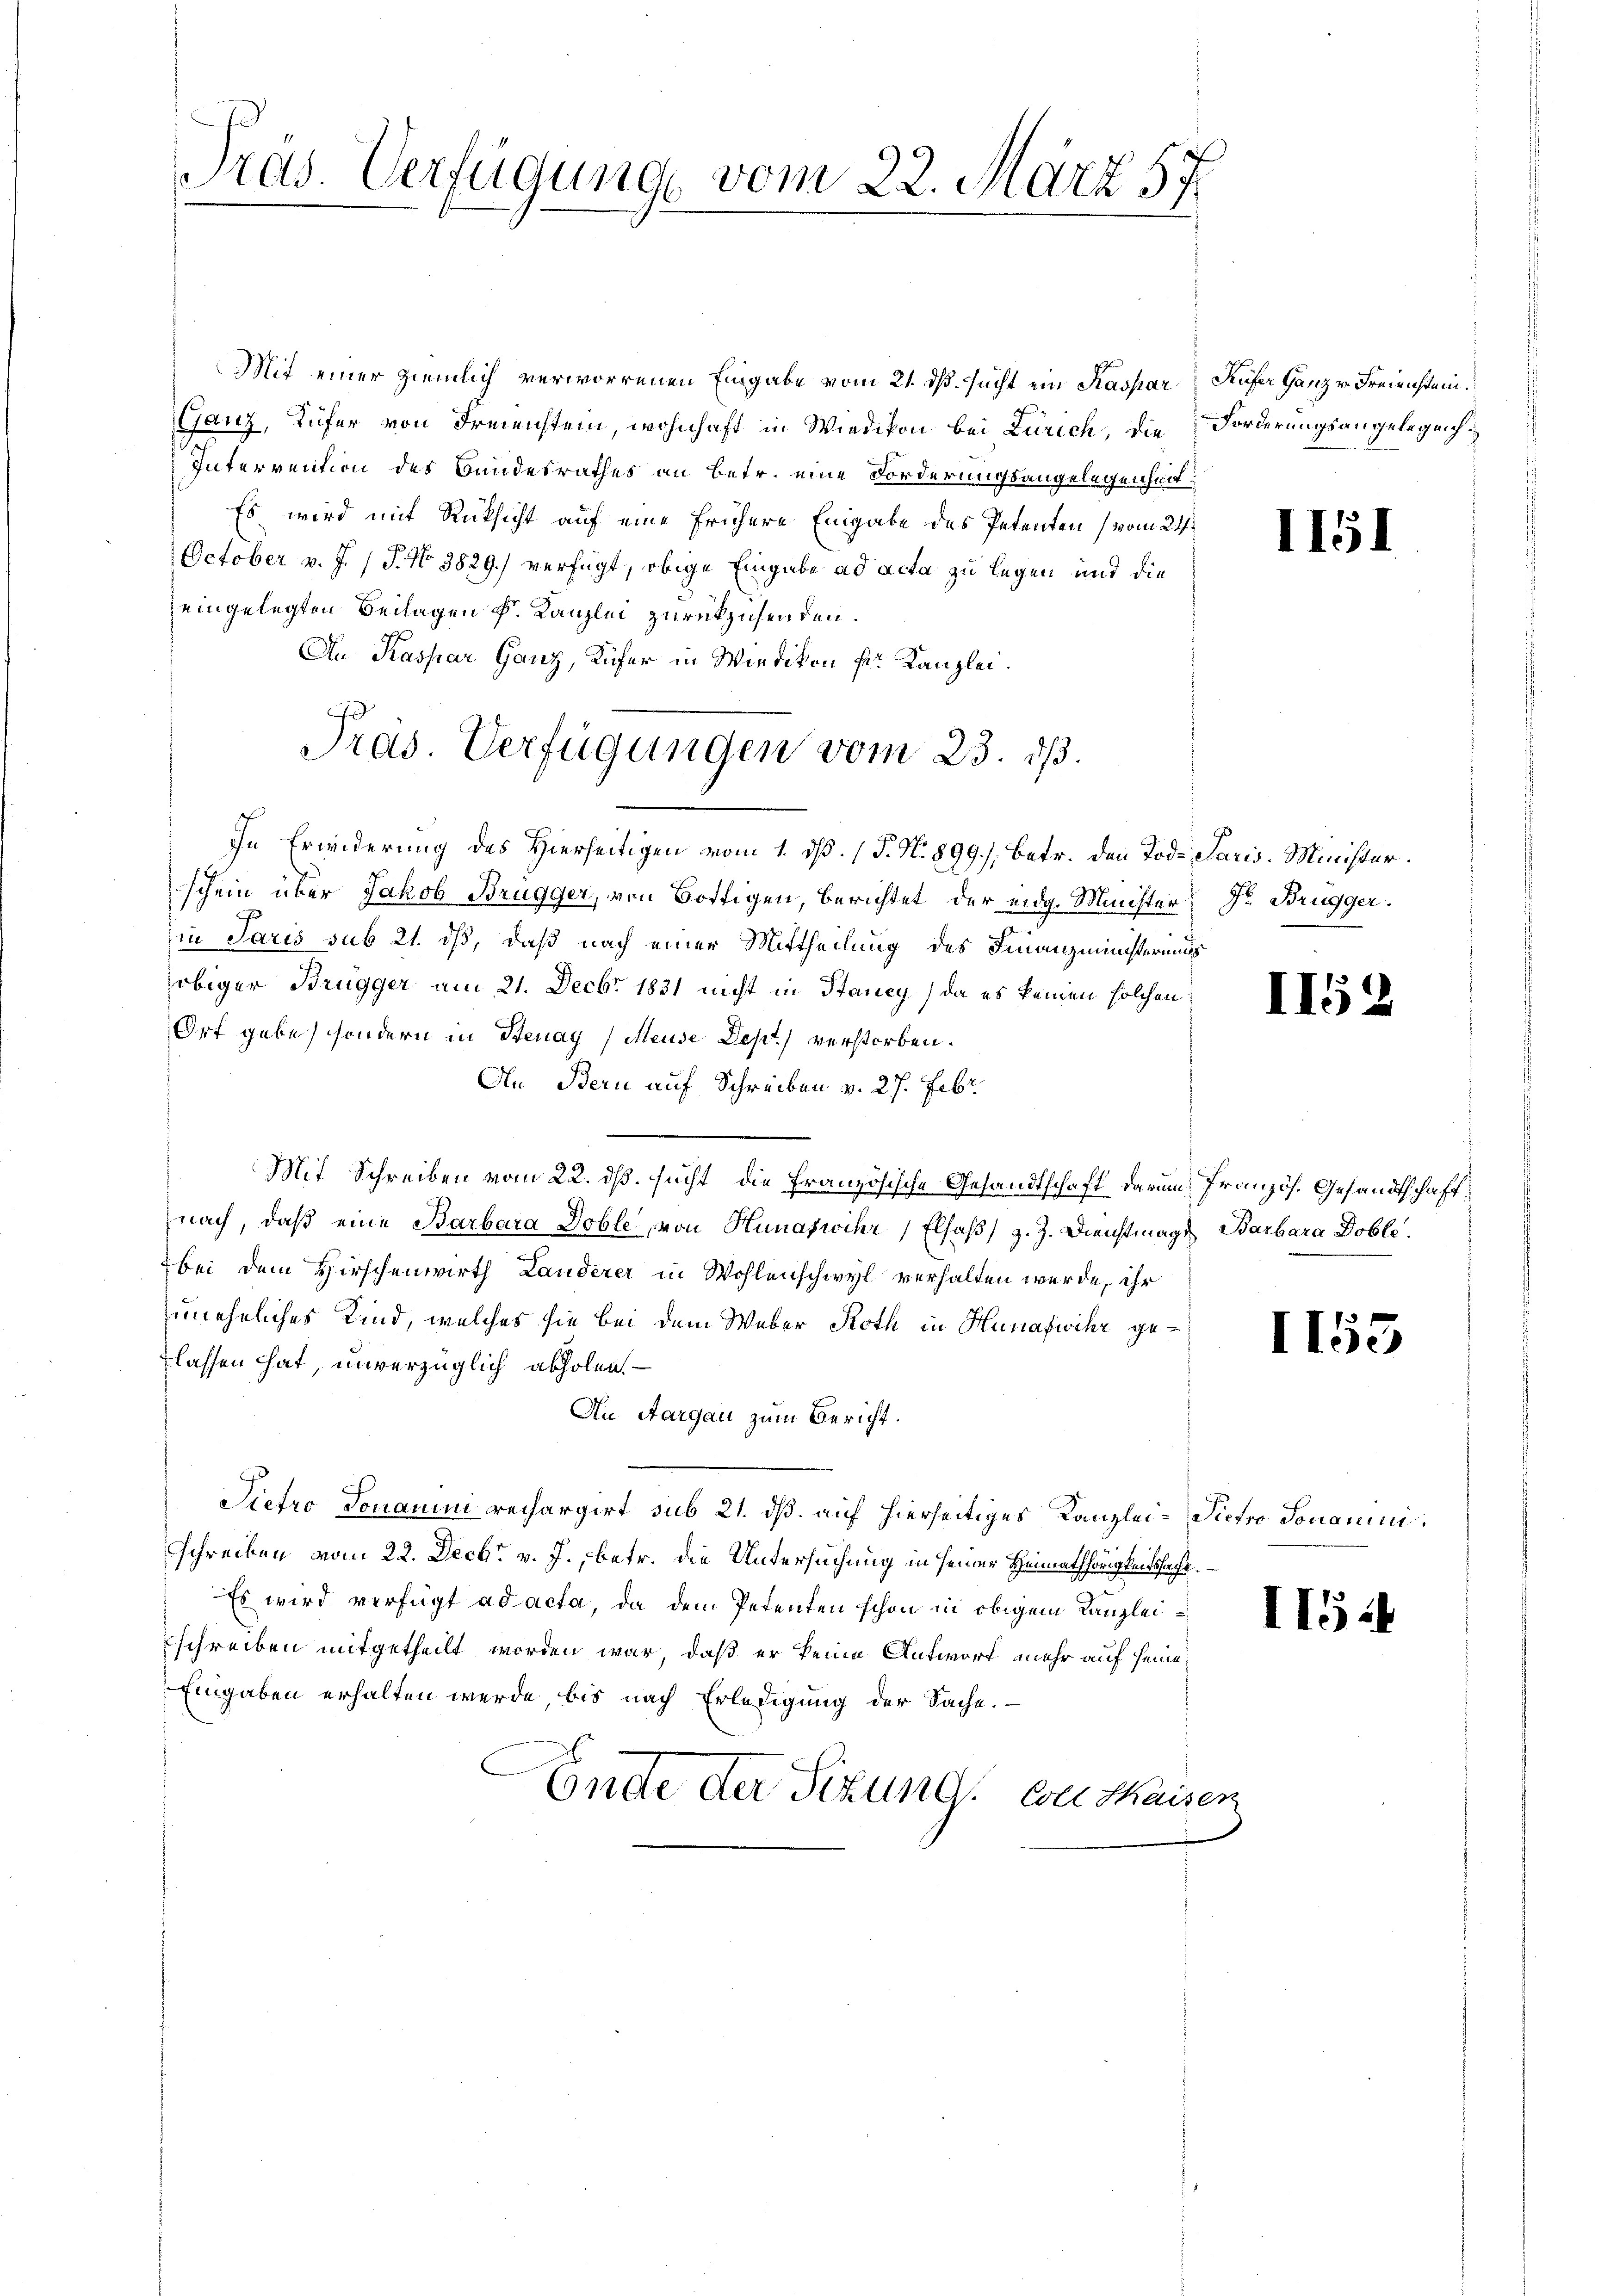
Pras. Verfügung vom 22. März 57.

Mit einer ziemlich verworrenen Eingabe vom 21. ds. sucht ein Kaspar
Ganz, Küfer von Freienstein, wohnhaft in Wiedikon bei Zürich, die
Interrection des Bandesrathes an Betr. eine Forderungsangelegenheit:
Es wird mit Rücksicht auf eine frühere Eingabe des Petenten (vom 24.
October v. J. (T. No 3829.) verfügt, obige Eingabe ad acta zu legen und die
eingelegten Beilagen k. Kanzlei zurückzusenden.
An Kaspar Ganz, Küfer in Wiedikon Sr. Kanzlei.
f
In Erwiderung des Hierseitigen vom 1. ds. (T. N. 899), betr. den Tod. Paris. Minister.
schein über Jakob Brugger, von Bottigen, berichtet, der eidg. Minister Dr. Brugger.
in Paris sub 21. dß, daß nach einer Mittheilung des Finanzministeriums
obiger Brügger am 21. Decbr. 1831 nicht in Stancy, da es keinen solchen
Ort gebe, sondern in Steuay (Meuse Dept) verstorben.
An Bern auf Schreiben v. 27. Febr.
Mit Schreiben vom 22. ds. sucht die Französische Gesandtschaft darum französ. Gesandtschaft
nach, daß eine Barbara Doble, von Hunazwihr, Elsaß) z. Z. Dienstmagt Barbara Doble
bei dem Hirschenwirth Landerer in Wohlenschwyl verhalten werde, ihr
zuneheliches Kind, welches sie bei dem Weber Roth in Hunafwihr gelassen hat, unverzüglich abholen.
Au Aargau zum Bericht.
Vietio Donaumi rechargirt sub 21. dß. auf hierseitiges Kanzlei-Pietso Jonaminischreiben vom 22. Decbr. v. J., betr. die Untersuchung in seiner Heimathörigkeitssache.
Es wird verfügt ad acta, da dem Petenten schon in obigem Kanzlei¬
Eschreiben mitgetheilt worden war, daß er keine Antwort mehr auf seine
Eingaben erhalten werde, bis nach Erledigung der Sache.
Ende der Sitzung von Maisen

Pras. Verfügungen vom 23. ds.

Küfer Ganz v. Freienstei
Forderungsangelegen

II51

II59

II.

II5

5